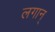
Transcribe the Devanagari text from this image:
लगान्‌